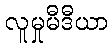
လူမှုမီဒီယာ